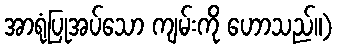
အာရုံပြုအပ်သော ကျမ်းကို ဟောသည်။)